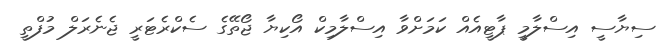
ސިޔާސީ އިސްލާމީ ޕާޓީއެއް ކަމަށްވާ އިސްލާމިކް އޯކިޔާ ޖޯތޭގެ ސެކްރެޓަރީ ޖެނެރަލް މުފްތީ